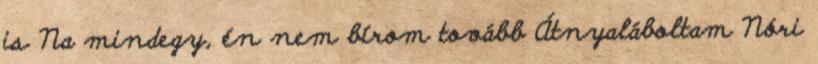
is Na mindegy, én nem bírom tovább Átnyaláboltam Nóri